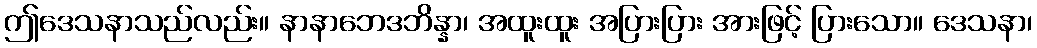
ဤဒေသနာသည်လည်း။ နာနာဘေဒဘိန္နာ၊ အထူးထူး အပြားပြား အားဖြင့် ပြားသော။ ဒေသနာ၊